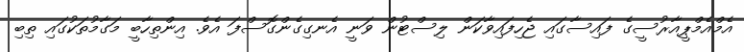
އެމްއެމްޕީއާރުސީގެ ފައިސާގައި ޖެހިފައިވާކަން ލިސްޓުން ވަނީ އެނގިގެންގޮސްފަ އެވެ. އިންތިހާބީ މަގާމުތަކުގައި ތިބި